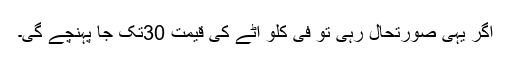
اگر یہی صورتحال رہی تو فی کلو آٹے کی قیمت 30تک جا پہنچے گی۔